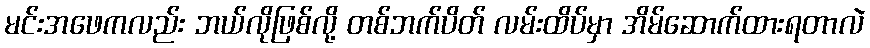
မင်းအဖေကလည်း ဘယ်လိုဖြစ်လို့ တစ်ဘက်ပိတ် လမ်းထိပ်မှာ အိမ်ဆောက်ထားရတာလဲ